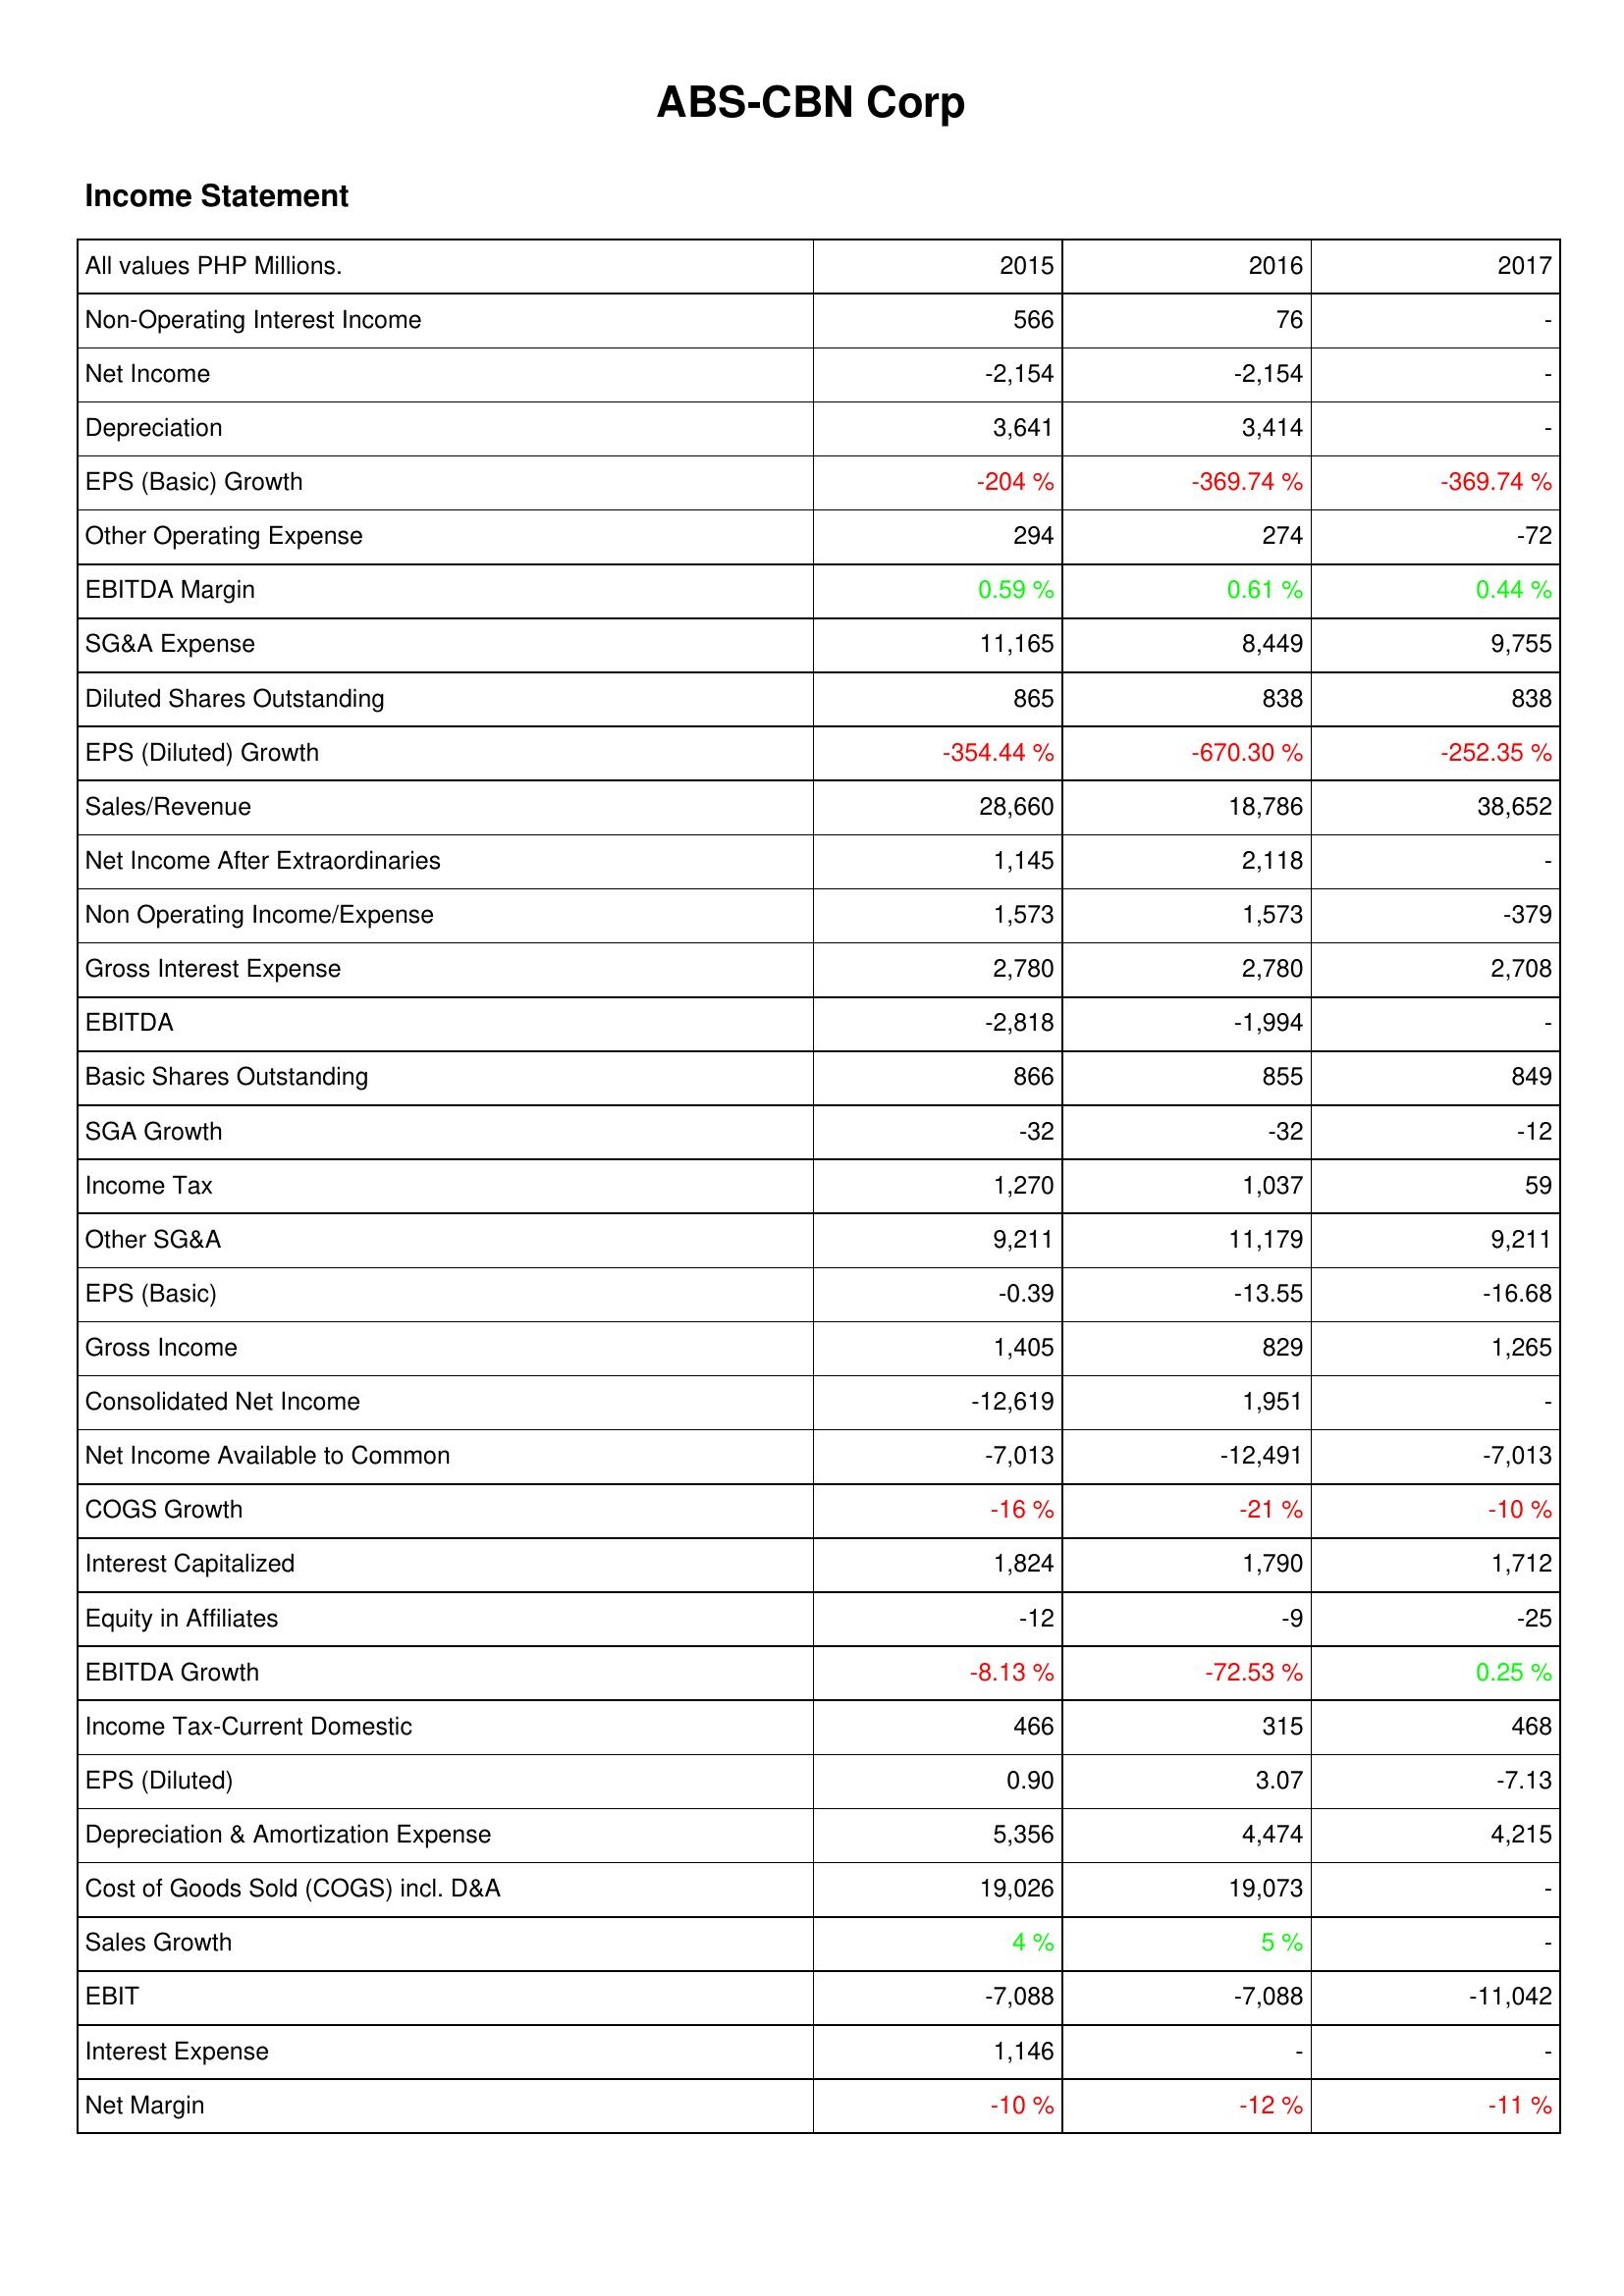
2015: Income Statement: Non-Operating Interest Income: 566
Net Income: -2,154
Depreciation: 3,641
EPS (Basic) Growth: -204 %
Other Operating Expense: 294
EBITDA Margin: 0.59 %
SG&A Expense: 11,165
Diluted Shares Outstanding: 865
EPS (Diluted) Growth: -354.44 %
Sales/Revenue: 28,660
Net Income After Extraordinaries: 1,145
Non Operating Income/Expense: 1,573
Gross Interest Expense: 2,780
EBITDA: -2,818
Basic Shares Outstanding: 866
SGA Growth: -32
Income Tax: 1,270
Other SG&A: 9,211
EPS (Basic): -0.39
Gross Income: 1,405
Consolidated Net Income: -12,619
Net Income Available to Common: -7,013
COGS Growth: -16 %
Interest Capitalized: 1,824
Equity in Affiliates: -12
EBITDA Growth: -8.13 %
Income Tax-Current Domestic: 466
EPS (Diluted): 0.90
Depreciation & Amortization Expense: 5,356
Cost of Goods Sold (COGS) incl. D&A: 19,026
Sales Growth: 4 %
EBIT: -7,088
Interest Expense: 1,146
Net Margin: -10 %
2016: Income Statement: Non-Operating Interest Income: 76
Net Income: -2,154
Depreciation: 3,414
EPS (Basic) Growth: -369.74 %
Other Operating Expense: 274
EBITDA Margin: 0.61 %
SG&A Expense: 8,449
Diluted Shares Outstanding: 838
EPS (Diluted) Growth: -670.30 %
Sales/Revenue: 18,786
Net Income After Extraordinaries: 2,118
Non Operating Income/Expense: 1,573
Gross Interest Expense: 2,780
EBITDA: -1,994
Basic Shares Outstanding: 855
SGA Growth: -32
Income Tax: 1,037
Other SG&A: 11,179
EPS (Basic): -13.55
Gross Income: 829
Consolidated Net Income: 1,951
Net Income Available to Common: -12,491
COGS Growth: -21 %
Interest Capitalized: 1,790
Equity in Affiliates: -9
EBITDA Growth: -72.53 %
Income Tax-Current Domestic: 315
EPS (Diluted): 3.07
Depreciation & Amortization Expense: 4,474
Cost of Goods Sold (COGS) incl. D&A: 19,073
Sales Growth: 5 %
EBIT: -7,088
Interest Expense: -
Net Margin: -12 %
2017: Income Statement: Non-Operating Interest Income: -
Net Income: -
Depreciation: -
EPS (Basic) Growth: -369.74 %
Other Operating Expense: -72
EBITDA Margin: 0.44 %
SG&A Expense: 9,755
Diluted Shares Outstanding: 838
EPS (Diluted) Growth: -252.35 %
Sales/Revenue: 38,652
Net Income After Extraordinaries: -
Non Operating Income/Expense: -379
Gross Interest Expense: 2,708
EBITDA: -
Basic Shares Outstanding: 849
SGA Growth: -12
Income Tax: 59
Other SG&A: 9,211
EPS (Basic): -16.68
Gross Income: 1,265
Consolidated Net Income: -
Net Income Available to Common: -7,013
COGS Growth: -10 %
Interest Capitalized: 1,712
Equity in Affiliates: -25
EBITDA Growth: 0.25 %
Income Tax-Current Domestic: 468
EPS (Diluted): -7.13
Depreciation & Amortization Expense: 4,215
Cost of Goods Sold (COGS) incl. D&A: -
Sales Growth: -
EBIT: -11,042
Interest Expense: -
Net Margin: -11 %